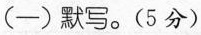
(-)默写。(5分)